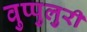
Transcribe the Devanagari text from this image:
वुप्पुलुरी